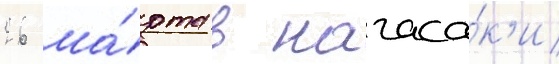
26 ма́рта в нагаса́к'и